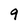
Character: 9